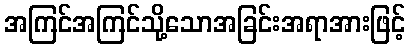
အကြင်အကြင်သို့သောအခြင်းအရာအားဖြင့်